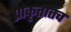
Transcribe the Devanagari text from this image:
प्राकृतातच